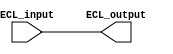
module ECL_buffer (
    input ECL_input,
    output ECL_output
);

  // Level Shifting and Buffering Components
  
  wire intermediate_signal;
  wire output_buffered_signal;

  // Input Stage
  assign intermediate_signal = ECL_input;

  // Output Stage
  assign output_buffered_signal = intermediate_signal;

  assign ECL_output = output_buffered_signal;

endmodule